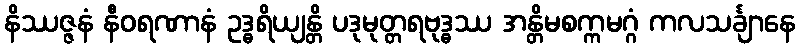
နိဿဇ္ဇနံ နီဝရဏာနံ ဥဒ္ဓရိယျန္တိ ပဒုမုတ္တရဗုဒ္ဓဿ အန္တိမစက္ကမဂ္ဂံ ကလသင်္ချာနေ